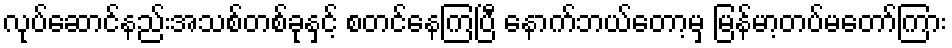
လုပ်ဆောင်နည်းအသစ်တစ်ခုနှင့် စတင်နေကြပြီ နောက်ဘယ်တော့မှ မြန်မာ့တပ်မတော်ကြား